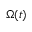
\Omega ( t )